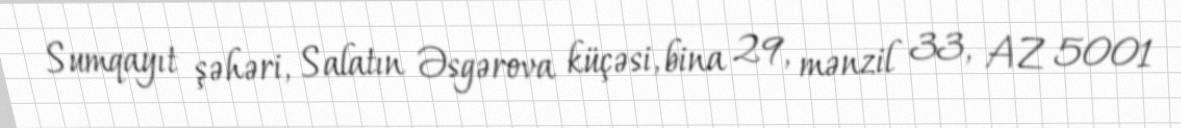
Sumqayıt şəhəri, Salatın Əsgərova küçəsi, bina 29, mənzil 33, AZ 5001